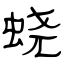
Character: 蛲